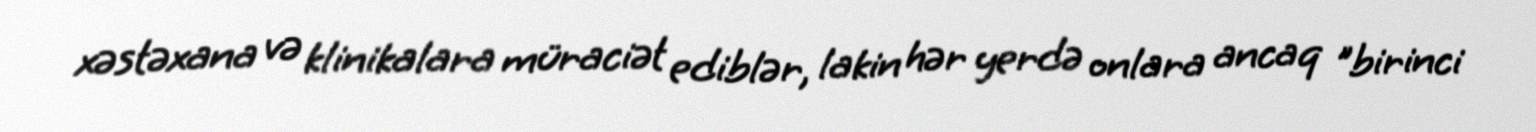
xəstəxana və klinikalara müraciət ediblər, lakin hər yerdə onlara ancaq "birinci